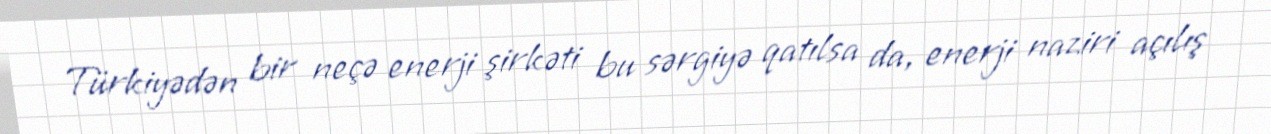
Türkiyədən bir neçə enerji şirkəti bu sərgiyə qatılsa da, enerji naziri açılış